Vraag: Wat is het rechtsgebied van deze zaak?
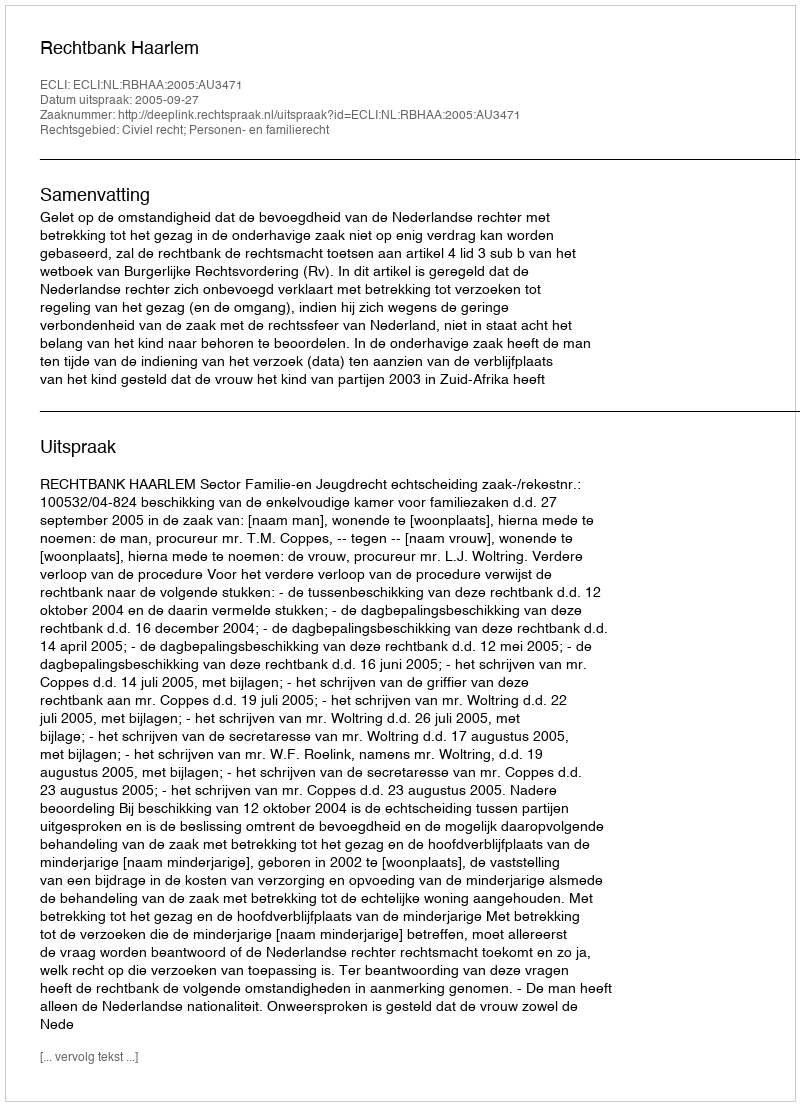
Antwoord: Civiel recht; Personen- en familierecht